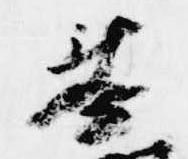
奏